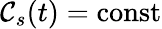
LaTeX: \mathcal{C}_{s}(t)=\mathrm{{const}}